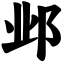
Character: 邺